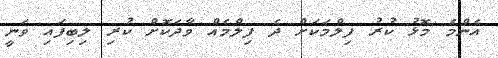
އެންމެ މޮޅު ކުރު ފިލްމަކަށް ދެ ފިލްމެއް ވާދަކޮށް ކުރި ލިބިފައި ވަނީ